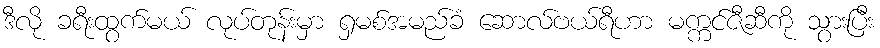
ဒီလို ခရီးထွက်မယ် လုပ်တုန်းမှာ ရှမစ်အမည်ခံ ဆောလ်ဗယ်ရီဟာ မက္ကင်ဇီဆီကို သွားပြီး